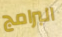
البرامج